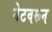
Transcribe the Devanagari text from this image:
नेटवरून